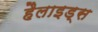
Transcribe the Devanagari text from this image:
हैलाइड्स